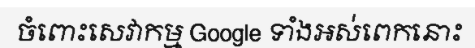
ចំពោះសេវាកម្ម Google ទាំងអស់ពេកនោះ